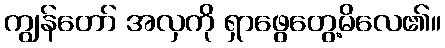
ကျွန်တော် အလှကို ရှာဖွေတွေ့မိလေ၏။